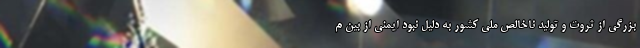
بزرگی از ثروت و تولید ناخالص ملی کشور به دلیل نبود ایمنی از بین م